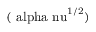
\mathrm { ( { \ a l p h a \ n u } ^ { 1 / 2 } ) }